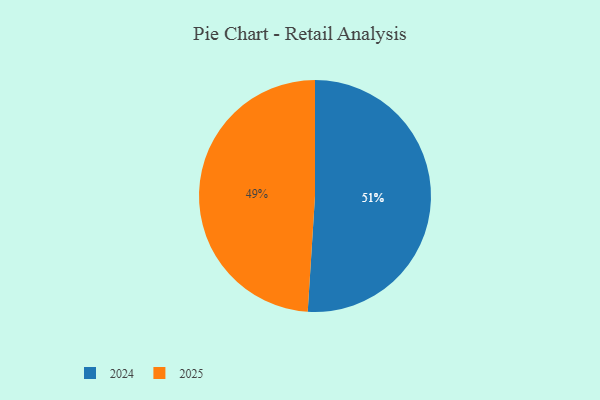
{"axis": {"x": "Category", "y": "Percentage"}, "legend": ["2024", "2025"], "data": [{"x": "2024", "y": 51, "type": "2024"}, {"x": "2025", "y": 49, "type": "2025"}]}